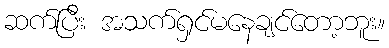
ဆက်ပြီး အသက်ရှင်မနေချင်တော့ဘူး။